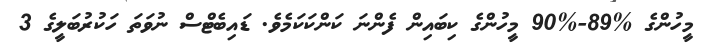
މީހުންގެ %89-%90 މީހުންގެ ކިބައިން ފެންނަ ކަންކަކަމެވެ. ޑައިބެޓްސް ނުވަތަ ހަކުރުބަލީގެ 3